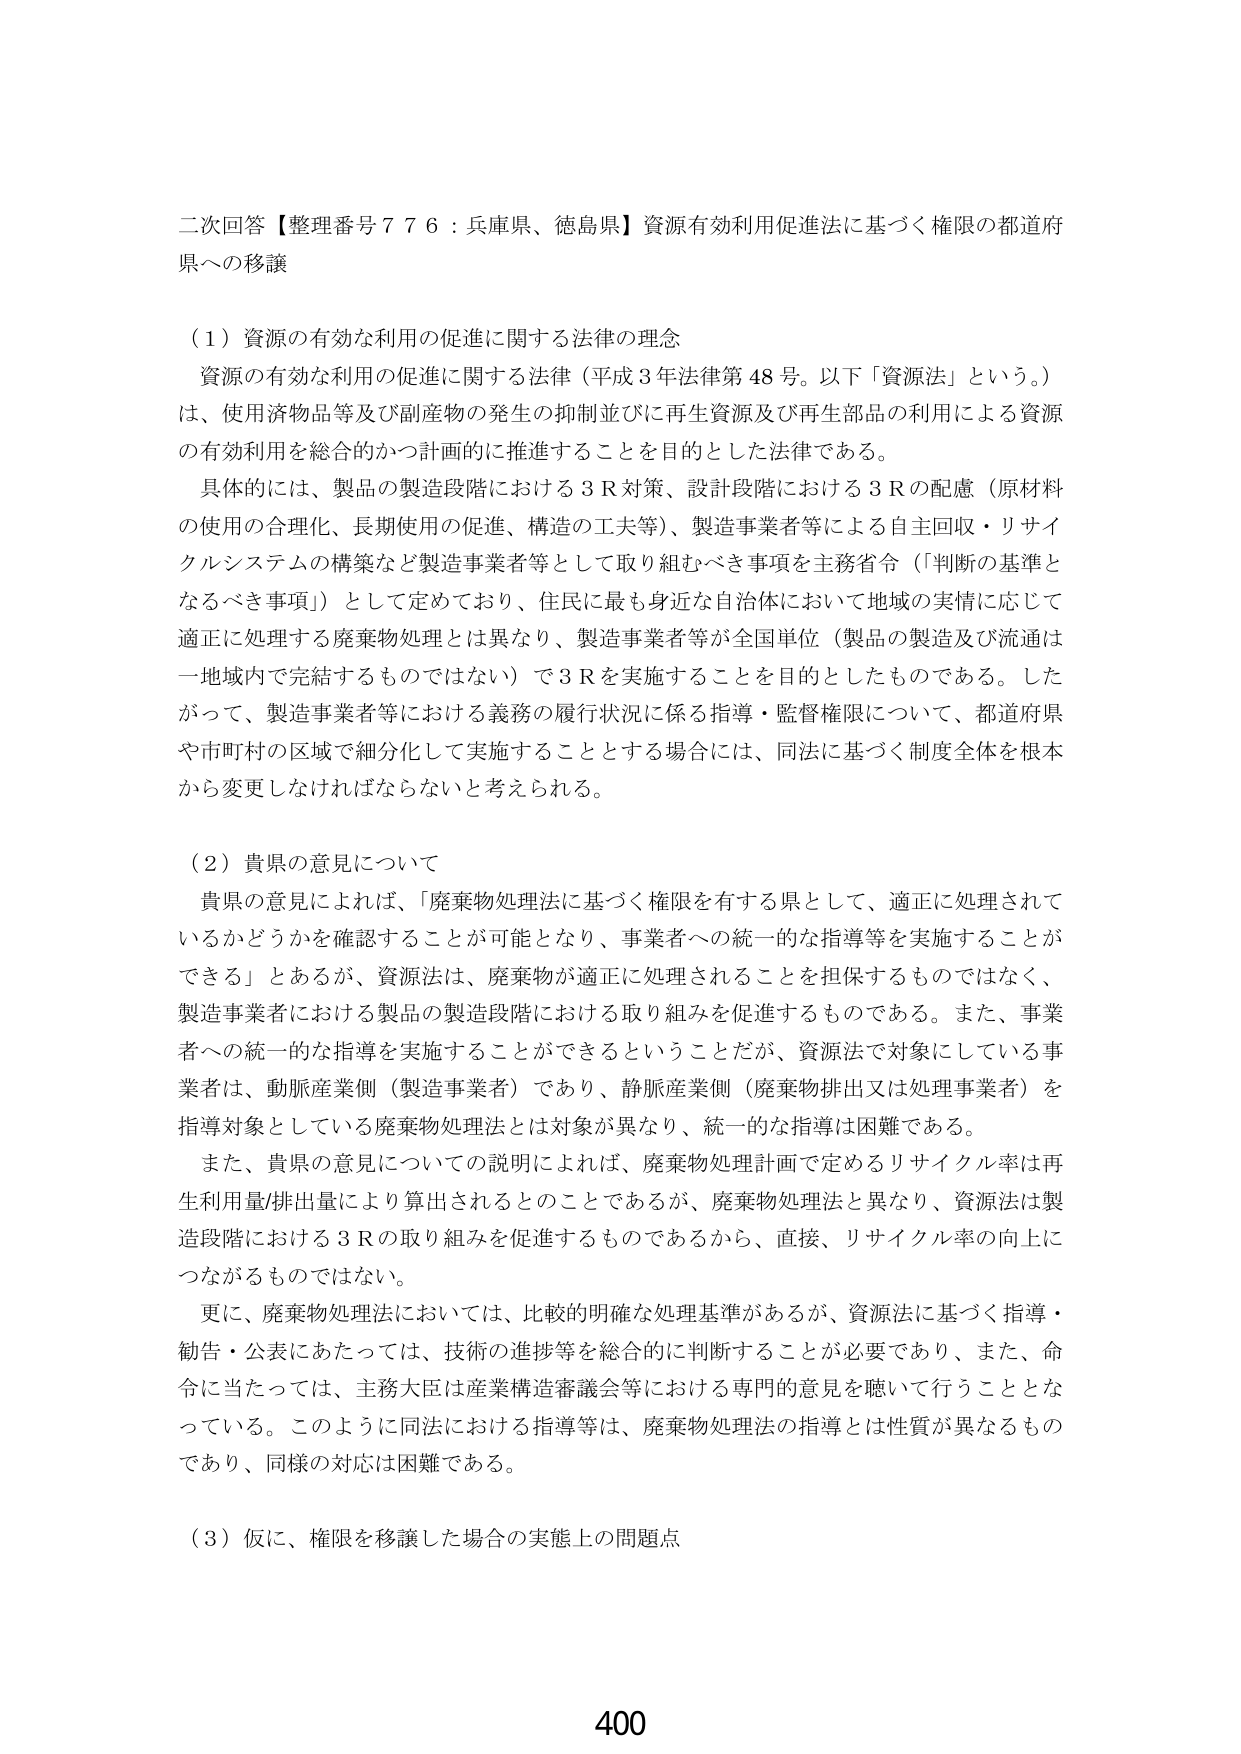
二次回答【整理番号７７６：兵庫県、徳島県】資源有効利用促進法に基づく権限の都道府県への移譲

（１）資源の有効な利用の促進に関する法律の理念
　資源の有効な利用の促進に関する法律（平成３年法律第４８号。以下「資源法」という。）は、使用済物品等及び副産物の発生の抑制並びに再生資源及び再生部品の利用による資源の有効利用を総合的かつ計画的に推進することを目的とした法律である。
　具体的には、製品の製造段階における３Ｒ対策、設計段階における３Ｒの配慮（原材料の使用の合理化、長期使用の促進、構造の工夫等）、製造事業者等による自主回収・リサイクルシステムの構築など製造事業者等として取り組むべき事項を主務省令（「判断の基準となるべき事項」）として定めており、住民に最も身近な自治体において地域の実情に応じて適正に処理する廃棄物処理とは異なり、製造事業者等が全国単位（製品の製造及び流通は一地域内で完結するものではない）で３Ｒを実施することを目的としたものである。したがって、製造事業者等における義務の履行状況に係る指導・監督権限について、都道府県や市町村の区域で細分化して実施することとする場合には、同法に基づく制度全体を根本から変更しなければならないと考えられる。

（２）貴県の意見について
　貴県の意見によれば、「廃棄物処理法に基づく権限を有する県として、適正に処理されているかどうかを確認することが可能となり、事業者への統一的な指導等を実施することができる」とあるが、資源法は、廃棄物が適正に処理されることを担保するものではなく、製造事業者における製品の製造段階における取り組みを促進するものである。また、事業者への統一的な指導を実施することができるということだが、資源法で対象としている事業者は、動脈産業側（製造事業者）であり、静脈産業側（廃棄物排出又は処理事業者）を指導対象としている廃棄物処理法とは対象が異なり、統一的な指導は困難である。
　また、貴県の意見についての説明によれば、廃棄物処理計画で定めるリサイクル率は再生利用量/排出量により算出されるとのことであるが、廃棄物処理法と異なり、資源法は製造段階における３Ｒの取り組みを促進するものであるから、直接、リサイクル率の向上につながるものではない。
　更に、廃棄物処理法においては、比較的明確な処理基準があるが、資源法に基づく指導・勧告・公表にあたっては、技術の進歩等を総合的に判断することが必要であり、また、命令に当たっては、主務大臣は産業構造審議会等における専門的意見を聴いて行うこととなっている。このように同法における指導等は、廃棄物処理法の指導とは性質が異なるものであり、同様の対応は困難である。

（３）仮に、権限を移譲した場合の実態上の問題点

400